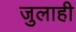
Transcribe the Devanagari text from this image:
जुलाही